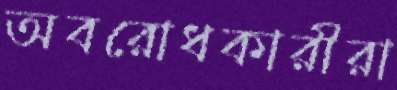
অবরোধকারীরা